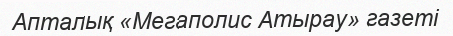
Апталық «Мегаполис Атырау» газеті